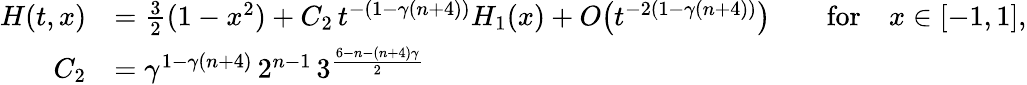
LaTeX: \begin{array}{rlrl}{H(t,x)}&{=\frac 32(1-x^{2})+C_{2}\, t^{-(1-\gamma(n+4))}H_{1}(x)+O\big(t^{-2(1-\gamma(n+4))}\big)}&&{\mathrm{for}\quad x\in[-1,1],}\\ {C_{2}}&{=\gamma^{1-\gamma(n+4)}\, 2^{n-1}\, 3^{\frac{6-n-(n+4)\gamma}{2}}}\end{array}